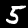
Digit: 5